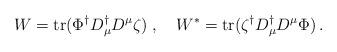
LaTeX: \begin{align*}W = {\rm tr} (\Phi^\dagger D^\dagger_{\mu} D^{\mu} \zeta) \; , \quad W^{\ast} ={\rm tr}(\zeta^\dagger D^\dagger_{\mu} D^{\mu} \Phi) \, .\end{align*}